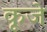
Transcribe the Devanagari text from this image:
कूजे